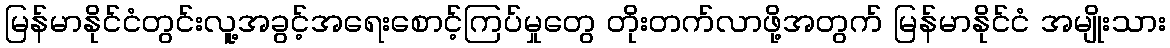
မြန်မာနိုင်ငံတွင်းလူ့အခွင့်အရေးစောင့်ကြပ်မှုတွေ တိုးတက်လာဖို့အတွက် မြန်မာနိုင်ငံ အမျိုးသား